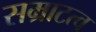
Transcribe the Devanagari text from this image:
सम्राटत्व